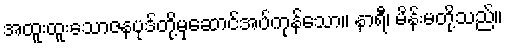
အထူးထူးသောဇနပုဒ်တို့မှဆောင်အပ်ကုန်သော။ နာရီ၊ မိန်းမတို့သည်။